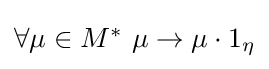
{\textstyle \forall \mu \in M^{\ast }\ \mu \rightarrow \mu \cdot 1_{\eta }}